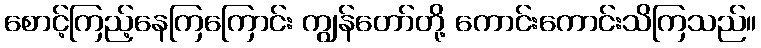
စောင့်ကြည့်နေကြကြောင်း ကျွန်တော်တို့ ကောင်းကောင်းသိကြသည်။